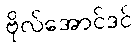
ဗိုလ်အောင်ဒင်